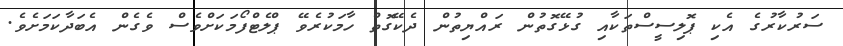
ސަރުކާރުގެ އެކި ޕޮލިސީސްތަކާއި ގުޅޭގޮތުން ރައްޔިތުން ދެކޭގޮތް ހާމަކުރެވޭ ޕްލެޓްފޯމަކަށްވެސް ވެގެން އެބަދާކަމަށެވެ.